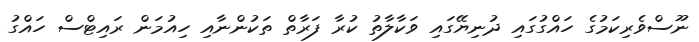
ނޫސްވެރިކަމުގެ ހައްގުގައި ދުނިޔޭގައި ވަކާލާތު ކުރާ ފަރާތް ތަކުންނާއި ހިއުމަން ރައިޓްސް ހައްގު